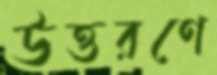
উত্তরণে